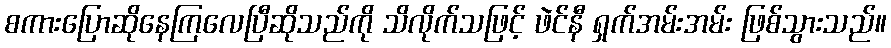
စကားပြောဆိုနေကြလေပြီဆိုသည်ကို သိလိုက်သဖြင့် ဖဲင်နီ ရှက်အမ်းအမ်း ဖြစ်သွားသည်။